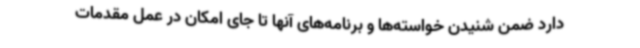
دارد ضمن شنیدن خواسته‌ها و برنامه‌های آنها تا جای امکان در عمل مقدمات